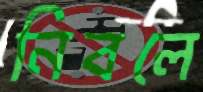
নিবলে